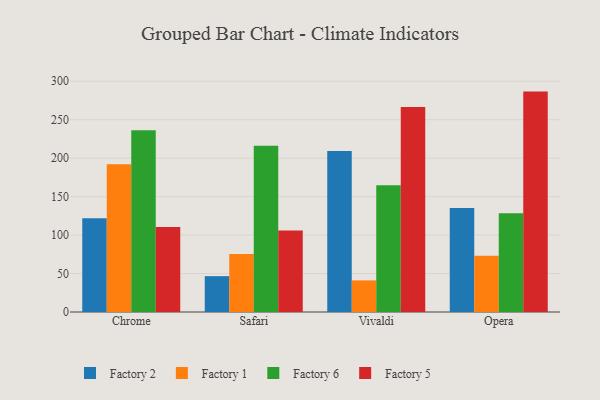
{"axis": {"x": "Browser", "y": "Churn Rate (%)"}, "legend": ["Factory 1", "Factory 2", "Factory 5", "Factory 6"], "data": [{"x": "Chrome", "y": 122.0, "type": "Factory 2"}, {"x": "Chrome", "y": 192.2, "type": "Factory 1"}, {"x": "Chrome", "y": 236.3, "type": "Factory 6"}, {"x": "Chrome", "y": 110.5, "type": "Factory 5"}, {"x": "Safari", "y": 46.6, "type": "Factory 2"}, {"x": "Safari", "y": 75.5, "type": "Factory 1"}, {"x": "Safari", "y": 216.2, "type": "Factory 6"}, {"x": "Safari", "y": 106.1, "type": "Factory 5"}, {"x": "Vivaldi", "y": 209.2, "type": "Factory 2"}, {"x": "Vivaldi", "y": 41.1, "type": "Factory 1"}, {"x": "Vivaldi", "y": 164.9, "type": "Factory 6"}, {"x": "Vivaldi", "y": 266.4, "type": "Factory 5"}, {"x": "Opera", "y": 135.1, "type": "Factory 2"}, {"x": "Opera", "y": 73.2, "type": "Factory 1"}, {"x": "Opera", "y": 128.3, "type": "Factory 6"}, {"x": "Opera", "y": 286.5, "type": "Factory 5"}]}